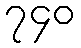
၇၄၀